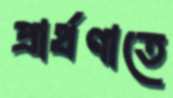
প্রার্থণাতে